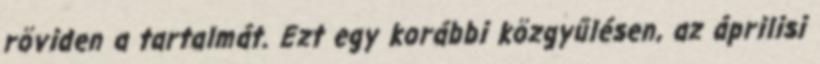
röviden a tartalmát. Ezt egy korábbi közgyűlésen, az áprilisi